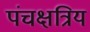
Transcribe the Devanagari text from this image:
पंचक्षत्रिय